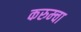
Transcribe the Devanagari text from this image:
करुम्चा